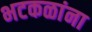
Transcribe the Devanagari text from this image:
भटकळांना